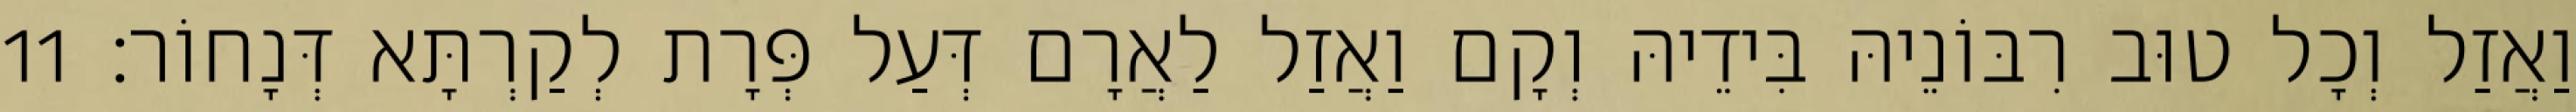
וַאֲזַל וְכָל טוּב רִבּוֹנֵיהּ בִּידֵיהּ וְקָם וַאֲזַל לַאֲרָם דְּעַל פְּרָת לְקַרְתָּא דְּנָחוֹר׃ 11